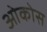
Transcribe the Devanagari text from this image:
ओकोस